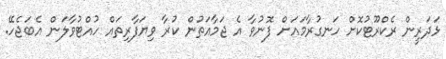
ޅަދަރީން ރެކްރޫޓުކޮށް ހަނގުރާމައަށް ފޮނުވާ އެ ޖަމާއަތުން ކުރާ ވިޔަފާރިތައް ހުއްޓުވާލަން އެބަޖެހޭ.